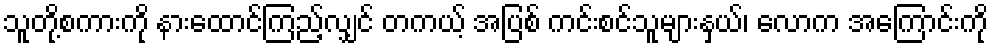
သူတို့စကားကို နားထောင်ကြည့်လျှင် တကယ့် အပြစ် ကင်းစင်သူများနှယ်၊ လောက အကြောင်းကို